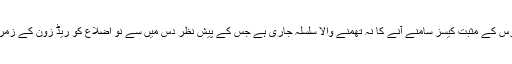
وادی میں کورونا وائرس کے مثبت کیسز سامنے آنے کا نہ تھمنے والا سلسلہ جاری ہے جس کے پیش نظر دس میں سے نو اضلاع کو ریڈ زون کے زمرے میں رکھا گیا ہے۔